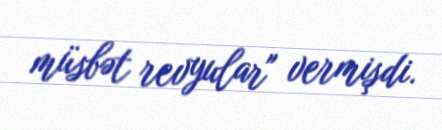
müsbət revyular" vermişdi.